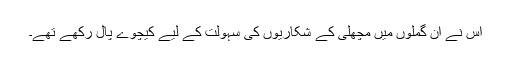
اس نے ان گملوں میں مچھلی کے شکاریوں کی سہولت کے لیے کیچوے پال رکھے تھے۔